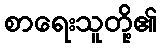
စာရေးသူတို့၏